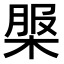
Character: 𣔚